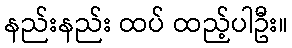
နည်းနည်း ထပ် ထည့်ပါဦး။